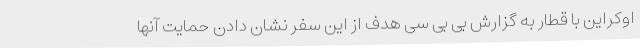
اوکراین با قطار به گزارش بی بی سی هدف از این سفر نشان دادن حمایت آنها